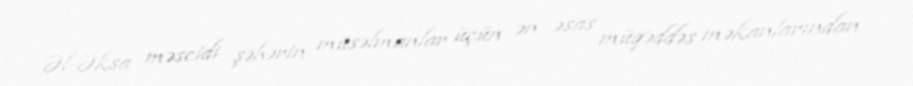
Əl-Əksa məscidi şəhərin müsəlmanlar üçün ən əsas müqəddəs məkanlarından